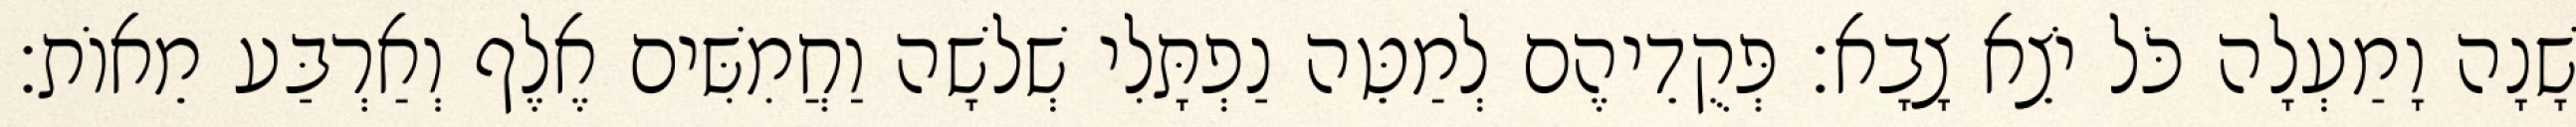
שָׁנָה וָמַעְלָה כֹּל יֹצֵא צָבָא׃ פְּקֻדֵיהֶם לְמַטֵּה נַפְתָּלִי שְׁלשָׁה וַחֲמִשִּׁים אֶלֶף וְאַרְבַּע מֵאוֹת׃